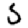
Digit: 5